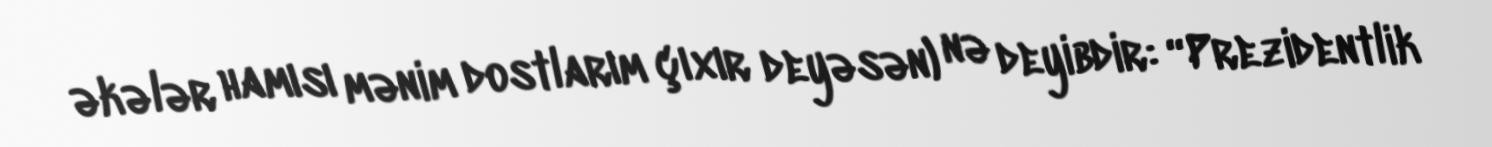
əkələr hamısı mənim dostlarım çıxır deyəsən) nə deyibdir: “Prezidentlik